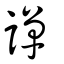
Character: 譂